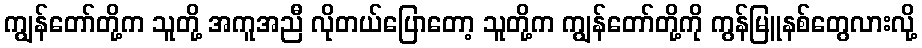
ကျွန်တော်တို့က သူတို့ အကူအညီ လိုတယ်ပြောတော့ သူတို့က ကျွန်တော်တို့ကို ကွန်မြူနစ်တွေလားလို့